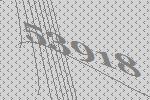
53918